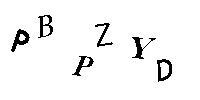
PBPZYD